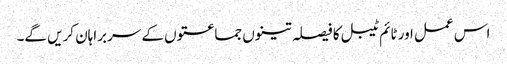
اس عمل اور ٹائم ٹیبل کا فیصلہ تینوں جماعتوں کے سربراہان کریں گے۔